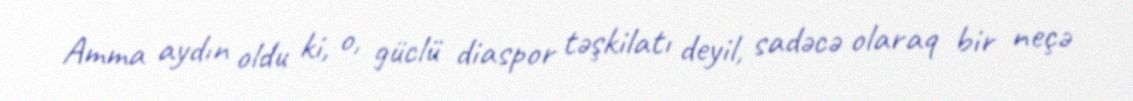
Amma aydın oldu ki, o, güclü diaspor təşkilatı deyil, sadəcə olaraq bir neçə